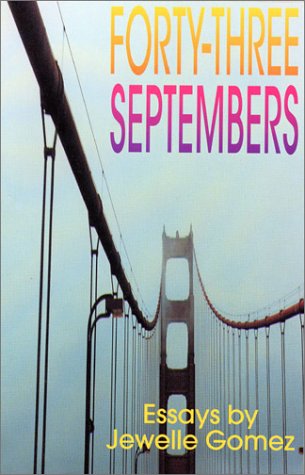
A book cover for Forty-Three Septembers: Essays; Jewelle Gomez; Gay & Lesbian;